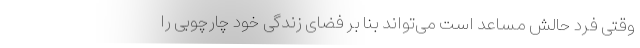
وقتی فرد حالش مساعد است می‌تواند بنا بر فضای زندگی خود چارچوبی را